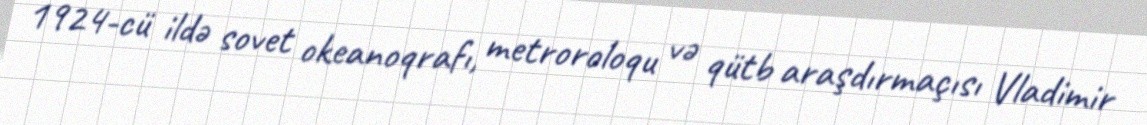
1924-cü ildə sovet okeanoqrafı, metroroloqu və qütb araşdırmaçısı Vladimir